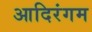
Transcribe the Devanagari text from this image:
आदिरंगम